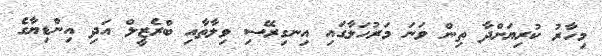
މިހާރު ކުރިޔަށްދާ ތިން ވަނަ މަރުހަލާގައި އިނގިރޭސި ވިލާތާއި ބްރެޒީލް އަދި އިންޑިޔާގެ